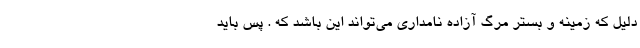
دلیل که زمینه و بستر مرگ آزاده نامداری می‌تواند این باشد که . پس باید